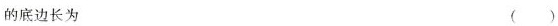
的底边长为 ()